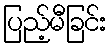
ပြည့်မီခြင်း